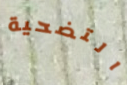
التضحية